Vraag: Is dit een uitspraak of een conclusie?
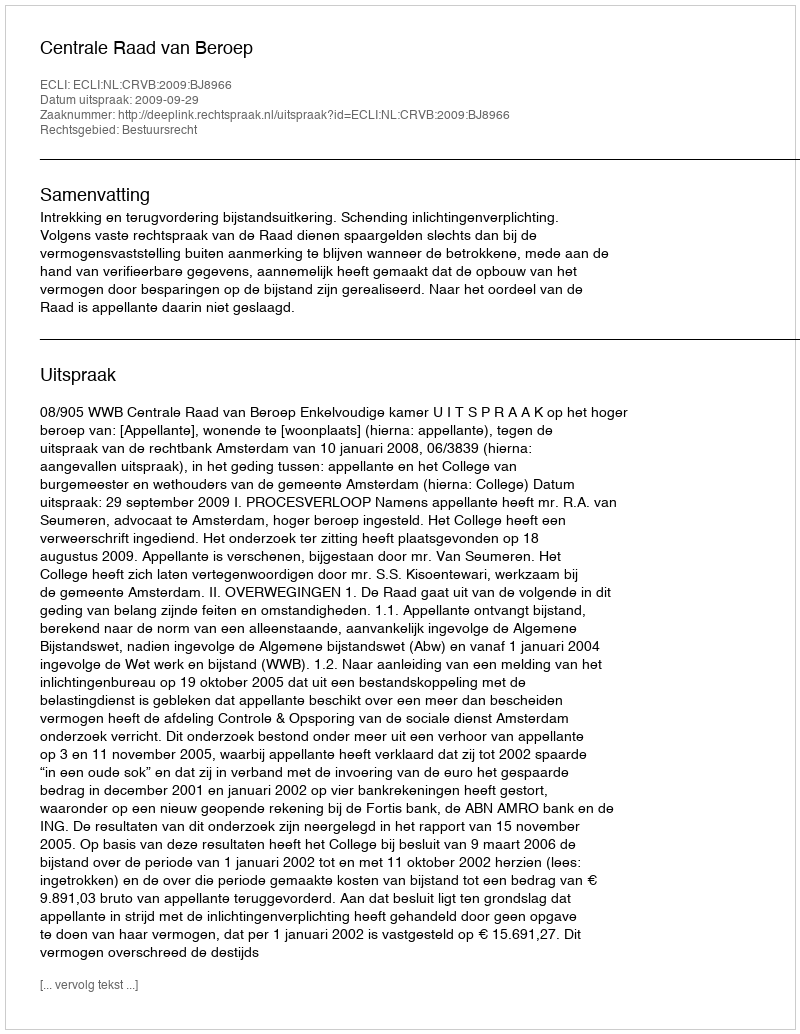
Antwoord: Uitspraak